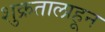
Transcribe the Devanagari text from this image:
शुक्रतालाहून